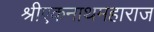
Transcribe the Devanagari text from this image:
श्रीएकनाथमहाराज